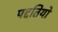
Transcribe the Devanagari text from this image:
पद्दतियों